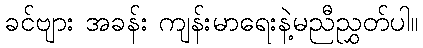
ခင်ဗျား အခန်း ကျန်းမာရေးနဲ့မညီညွှတ်ပါ။